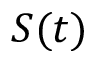
S ( t )